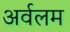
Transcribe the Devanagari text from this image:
अर्वलम